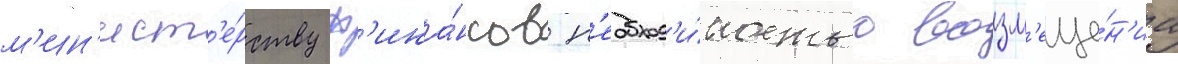
м'ин'ист'е́рству ф'ина́нсов н'еобход'и́мостью возм'еще́н'иа